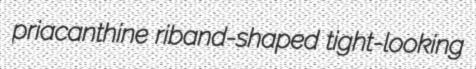
priacanthine riband-shaped tight-looking